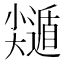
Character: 𡮽